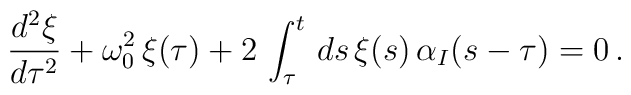
\frac{d^{2}\xi }{d\tau ^{2}} + \omega^{2} _{0}\,\xi (\tau ) +2\,\int_{\tau }^{t}\,ds \,\xi (s)\,\alpha _{I}(s - \tau) = 0 \,.